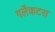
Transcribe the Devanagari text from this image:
गलैकटस